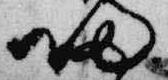
帰